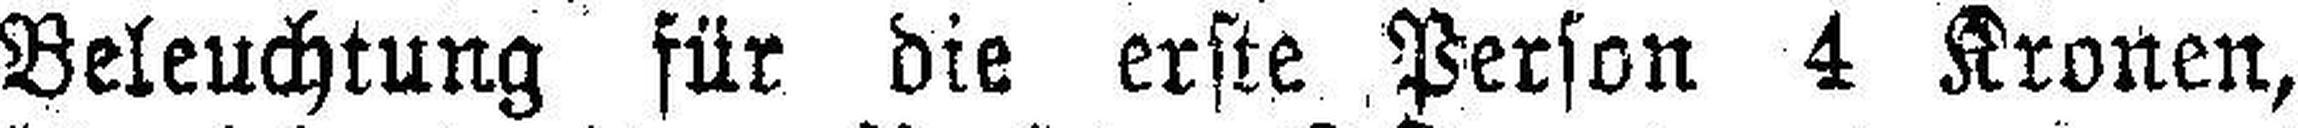
Beleuchtung für die erste Person 4 Kronen,